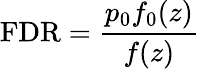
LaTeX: \mathrm{FDR}={\frac{p_{0}f_{0}(z)}{f(z)}}